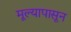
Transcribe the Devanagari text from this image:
मूल्यापासून